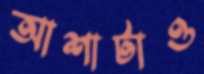
আশাটাও